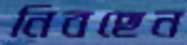
নিবছেন